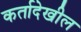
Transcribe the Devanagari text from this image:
कर्तादेखील